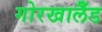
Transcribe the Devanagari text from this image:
गोरखालैँड